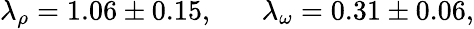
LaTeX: \lambda_{\rho}=1.06\pm 0.15,\; \; \; \; \; \; \lambda_{\omega}=0.31\pm 0.06,